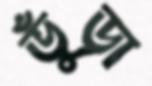
ভুঁড়া